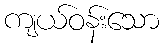
ကျယ်ဝန်းသော